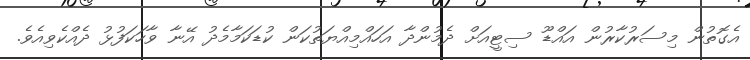
އެގޮތުން މިސަރުކާރުން އައްޑޫ ސިޓީއަށް ދެމުންދާ އަހައްމިއްޔަތުކަން ކުޑަކަމާމެދު އޭނާ ވާހަކަފުޅު ދެއްކެވިއެވެ.